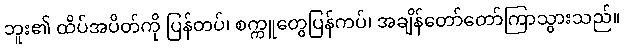
ဘူး၏ ထိပ်အပိတ်ကို ပြန်တပ်၊ စက္ကူတွေပြန်ကပ်၊ အချိန်တော်တော်ကြာသွားသည်။